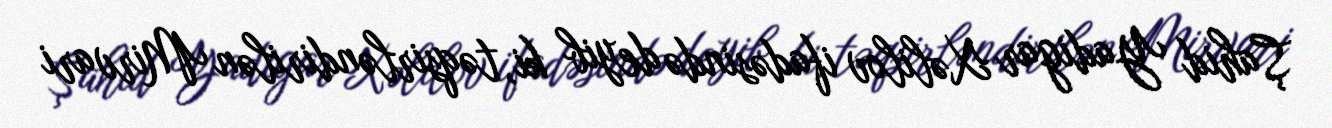
Şahid Yadigar Xəlilov ifadəsində deyib ki, təqsirləndirilən Mirvari